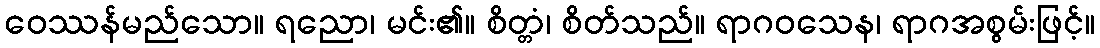
ဝေဿန်မည်သော။ ရညော၊ မင်း၏။ စိတ္တံ၊ စိတ်သည်။ ရာဂဝသေန၊ ရာဂအစွမ်းဖြင့်။